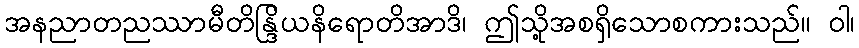
အနညာတညဿာမီတိန္ဒြိယနိရောတိအာဒိ၊ ဤသို့အစရှိသောစကားသည်။ ဝါ၊